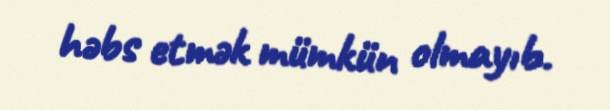
həbs etmək mümkün olmayıb.